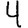
Digit: 4